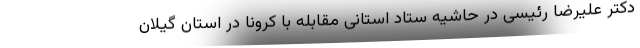
دکتر علیرضا رئیسی در حاشیه ستاد استانی مقابله با کرونا در استان گیلان